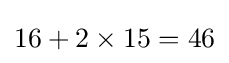
{\textstyle 16+2\times 15=46}